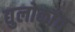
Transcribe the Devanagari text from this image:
द्युलोकांत